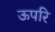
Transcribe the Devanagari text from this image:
ऊपरि